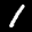
Label: 1